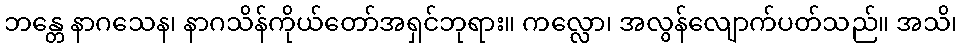
ဘန္တေ နာဂသေန၊ နာဂသိန်ကိုယ်တော်အရှင်ဘုရား။ ကလ္လော၊ အလွန်လျောက်ပတ်သည်။ အသိ၊